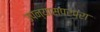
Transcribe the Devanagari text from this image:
उपन्यासपरंपरा